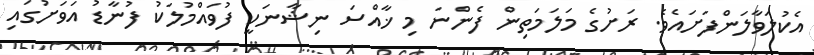
އެކުލަވާލަންފަށައެވެ. ރަށުގެ މަލަމަތިން ފެންނަ މި ޚާއްސަ ނިޝާނަކީ ފުވައްމުލަކު ފުނާޑު އަވަށުގައި